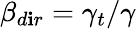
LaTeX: \beta_{d\mathbf{i}r}=\gamma_{t}/\gamma